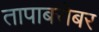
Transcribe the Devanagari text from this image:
तापाबरोबर